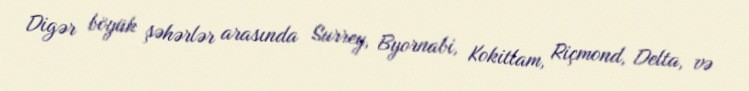
Digər böyük şəhərlər arasında Surrey, Byornabi, Kokitlam, Riçmond, Delta, və